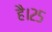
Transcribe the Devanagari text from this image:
है।२५